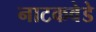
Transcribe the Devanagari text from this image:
नाटकवेडे